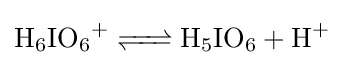
{\ce {H6IO6+ <=> H5IO6 + H+}}